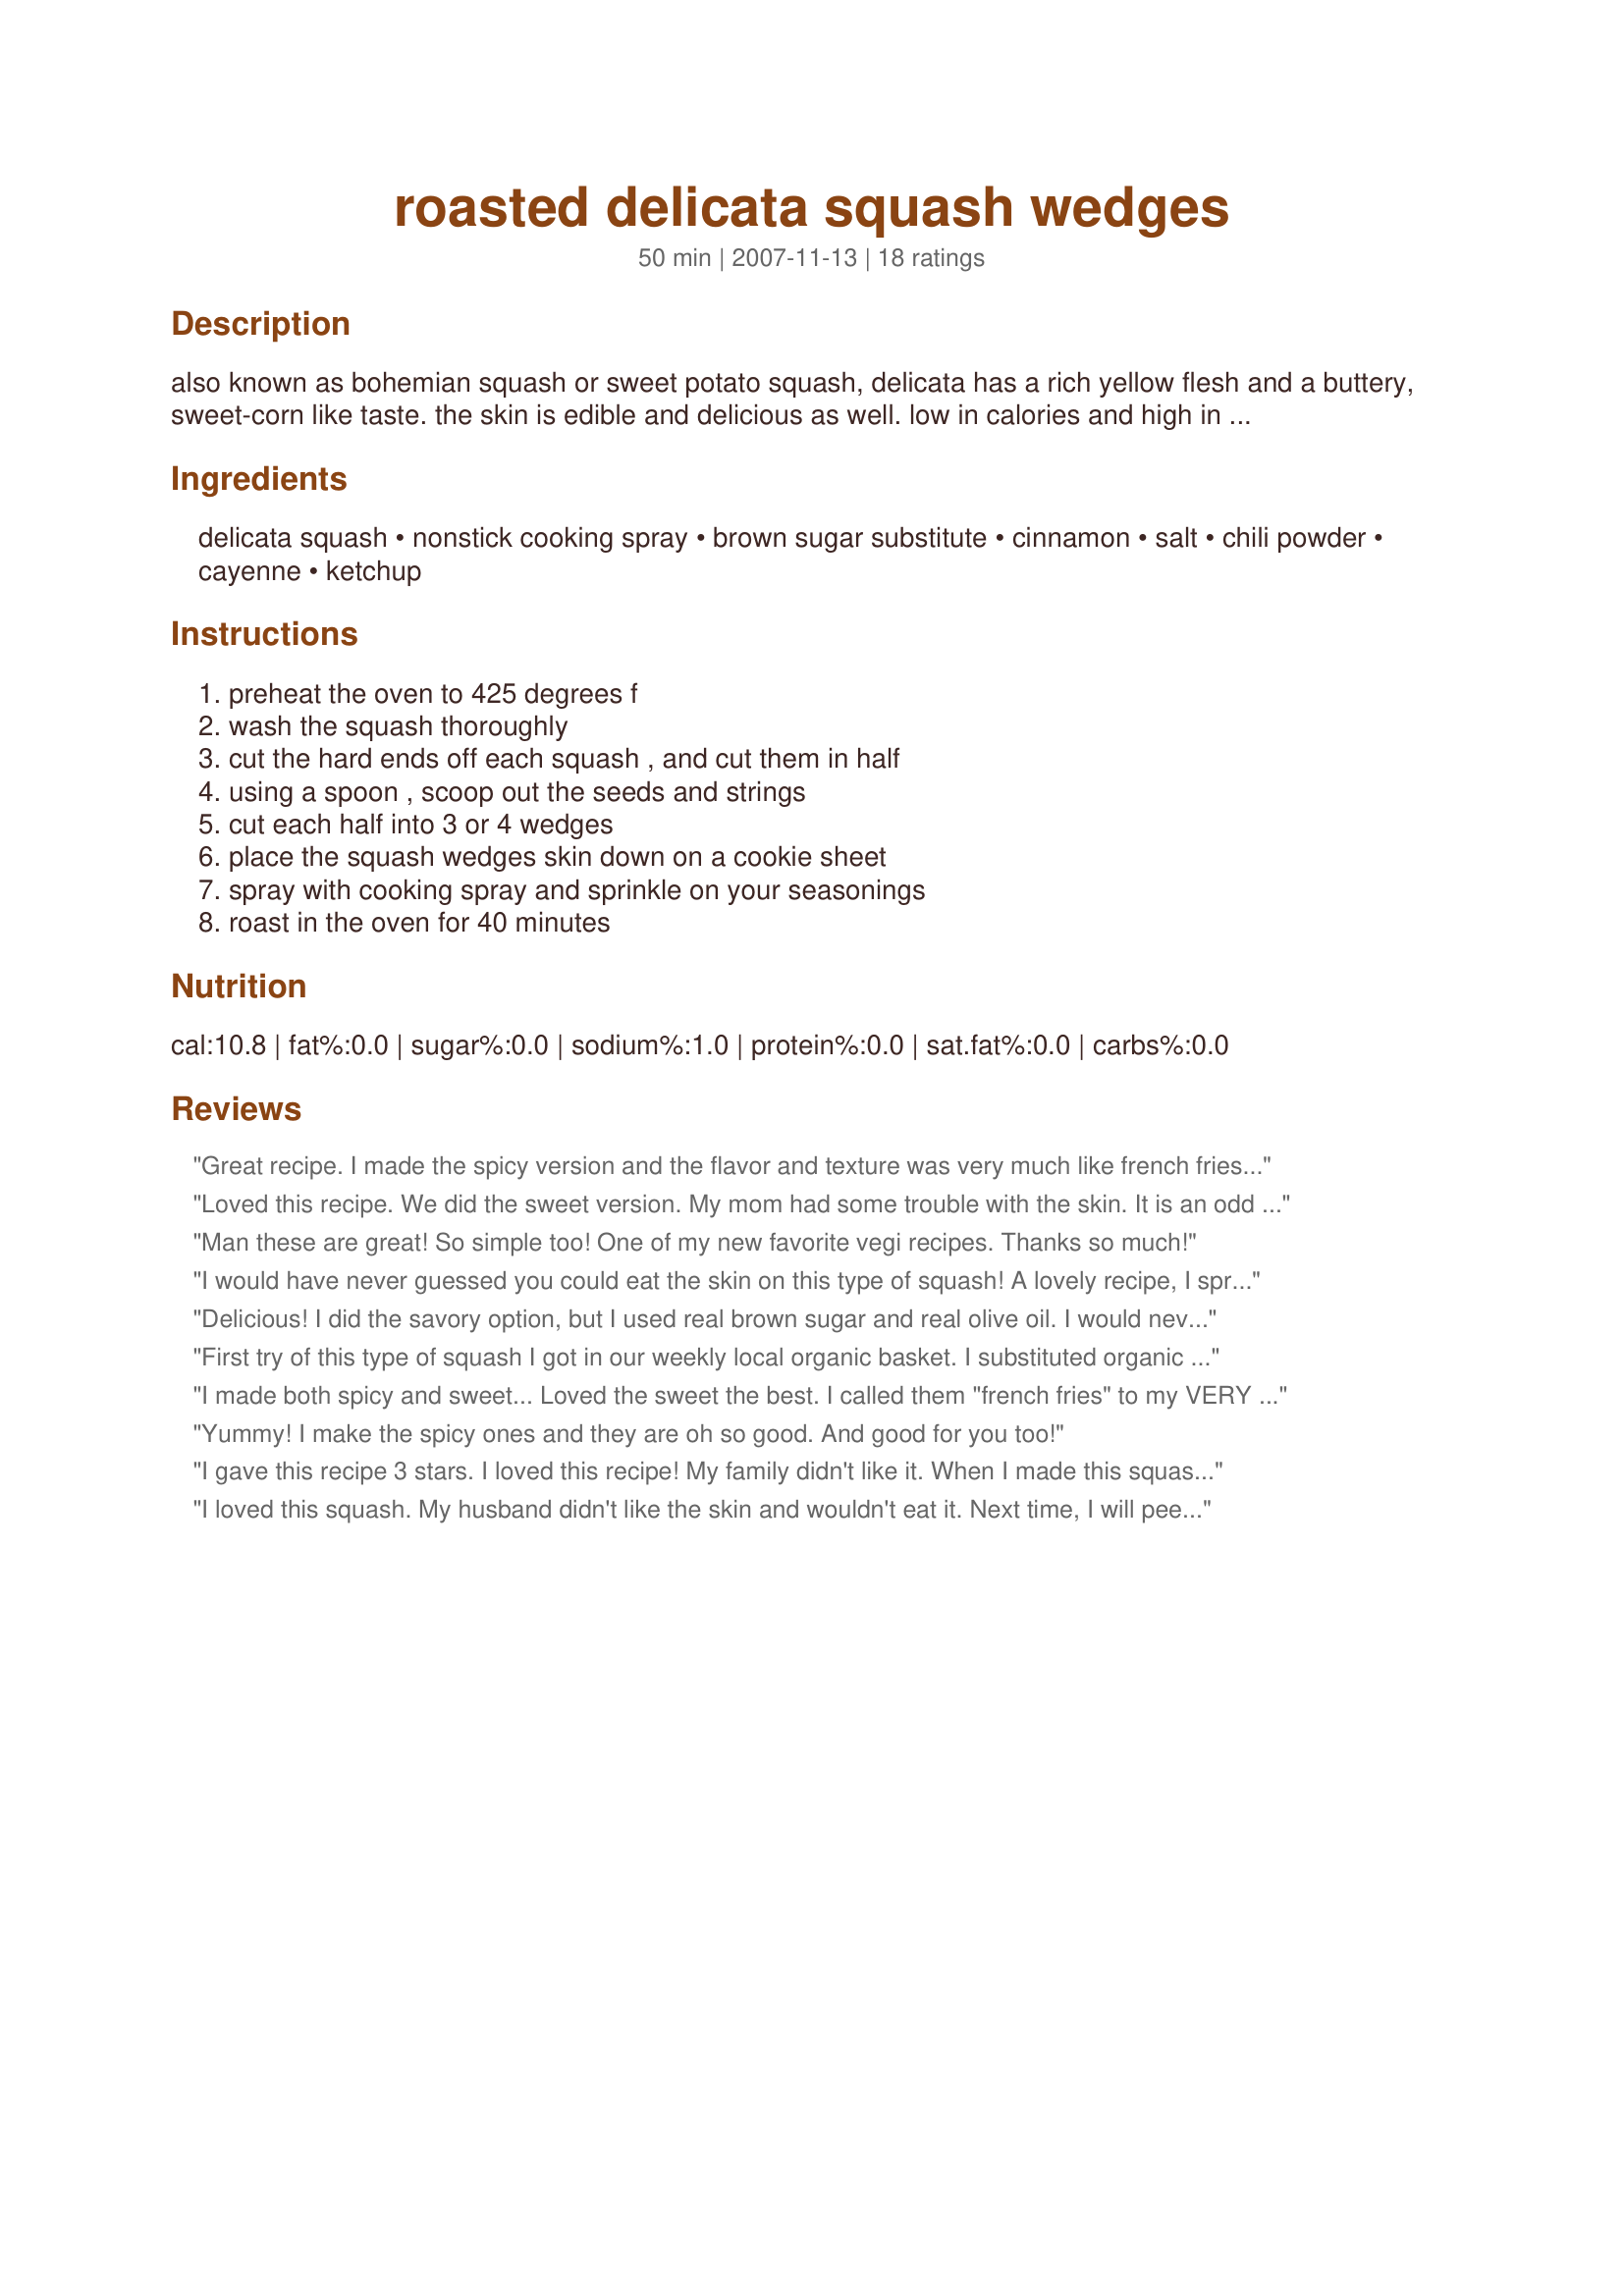
roasted delicata squash wedges
Preparation time: 50 minutes

also known as bohemian squash or sweet potato squash, delicata has a rich yellow flesh and a buttery, sweet-corn like taste. the skin is edible and delicious as well. low in calories and high in fiber, delicata is a good source of vitamin a.

there are so many ways you could flavor this squash. below are a few of my simple favorites.

Ingredients:
delicata squash, nonstick cooking spray, brown sugar substitute, cinnamon, salt, chili powder, cayenne, ketchup

Steps:
preheat the oven to 425 degrees f, wash the squash thoroughly, cut the hard ends off each squash , and cut them in half, using a spoon , scoop out the seeds and strings, cut each half into 3 or 4 wedges, place the squash wedges skin down on a cookie sheet, spray with cooking spray and sprinkle on your seasonings, roast in the oven for 40 minutes

Reviews:
Great recipe. I made the spicy version and the flavor and texture was very much like french fries. I was worried the skin would be too tough, so I scored the skin cross-wise and drizzled olive oil in the bottom of the sheet to soften it up a bit. Worked out well.
Loved this recipe. We did the sweet version. My mom had some trouble with the skin. It is an odd texture, somewhere between tough and crispy. I thought it was fantastic!
Man these are great! So simple too! One of my new favorite vegi recipes. Thanks so much!
I would have never guessed you could eat the skin on this type of squash! A lovely recipe, I sprinkled with a tiny bit of brown sugar and cinnamon.
Delicious! I did the savory option, but I used real brown sugar and real olive oil. I would never have thought to add chili powder, but the combination was fantastic. I have never made delicata squash before, but you can bet that I will again! I thought the texture was silkier than butternut squash. Thanks, CPolencheck!
First try of this type of squash I got in our weekly local organic basket. I substituted organic cane sugar for the brown sugar substitute! I used cassia powder which is sold as cinnimon here, grey sea salt and avocado oil which is healthier to heat than olive and obviously cooking spray!
I made both spicy and sweet... Loved the sweet the best. I called them "french fries" to my VERY picky 4 year old and he ate every bite I put on his plate. That in itself was worth a 5 star rating! Watch them at the end of the roasting time... I burned mine accidentally.
Yummy! I make the spicy ones and they are oh so good. And good for you too!
I gave this recipe 3 stars. I loved this recipe! My family didn't like it. When I made this squash I cut the recipe in half. I made the sweet & savory. The sweet was so good, but be careful so the cinnamon doesn't burn. The savory was such a pleasant surprise I liked the chili powder and brown sugar combo but it was a bit spicy for me. Overall I'll make these again for sure and I'll try the sweet on other squash such as butternut and acorn. Thanks for posting a yummy recipe! Christine (internetnut)
I loved this squash. My husband didn't like the skin and wouldn't eat it. Next time, I will peel it before roasting. I made the Savory combo. It tasted just like sweet potato fries to me.
Made for thanksgiving. Did with brown sugar, cayenne and salt. Was heavy handed with the cayanne and had to warn the guests. Really nice.
DELICIOUS! Super easy, great week night healthy side dish. I did peel the skin as the reviews suggested, sprayed with butter flavored Pam, and sprinkled both sides of the squash (since I peeled it) with the brown sugar spice (I made both sweet and savory, both were awesome)mixture. I can't wait to make this again!!
Lovely! I made the sweet ones with brown sugar and cinnamon. Roasting for 40 minutes made them caramely, crispy and just delicious! Thanks for posting this!!
I bought this squash because it looked pretty :D I ended up doing a sweet & spicy batch with mine - just combining the sweet and spicy instructions. I forgot to put the cinnamon but it was still total YUM.
Really good! I added red chili flakes to the savory version to make it even spicier. They tasted almost like sweet potato fries!
Sorry for the low review but this just doesn&#039;t do justice to this wonderful squash.
Yummy recipe! I would rate this 5 except that I had to eat it through my teeth like artichoke leaves and it was a but messier than I would like. I did use splenda brown sugar blend and it browned/caramelized very nicely. Thanks for sharing-
WOW - I belong to a local Farmer's Community Share and was introduced to Delicat Squash for the first time. I made the sweet version and it was FANTASTIC. I'll try the spicy recipe next. Thanks for sharing.
